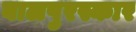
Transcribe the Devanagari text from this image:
बालपुरस्कार